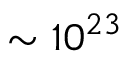
\sim 1 0 ^ { 2 3 }